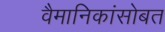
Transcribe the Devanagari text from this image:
वैमानिकांसोबत